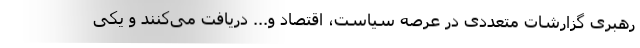
رهبری گزارشات متعددی در عرصه سیاست، اقتصاد و... دریافت می‌کنند و یکی